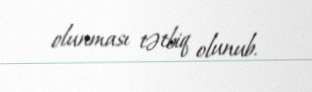
olunması tətbiq olunub.